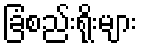
ခြံစည်းရိုးများ